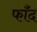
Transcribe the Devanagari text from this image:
फाँद